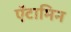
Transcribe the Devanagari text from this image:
ऍटामिन